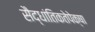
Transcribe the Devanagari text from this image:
सैद्धांतिकतेपेक्षा